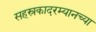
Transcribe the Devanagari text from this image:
सहस्रकादरम्यानच्या